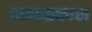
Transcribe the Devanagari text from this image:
जगत्प्रकाश